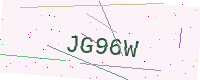
Text: JG96W